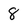
Character: 8